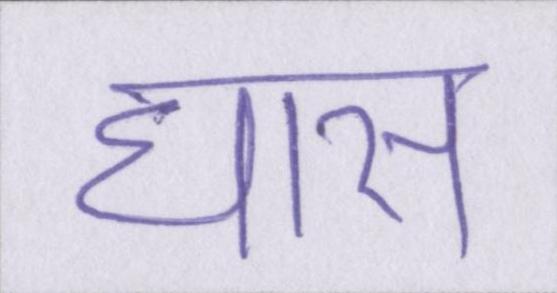
घास